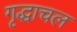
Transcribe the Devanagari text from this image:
गृद्धाचल